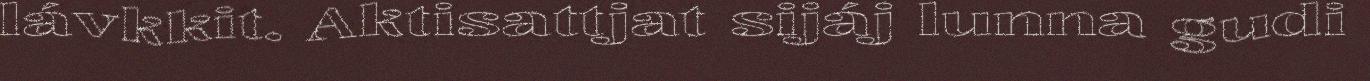
lávkkit. Aktisattjat sijáj lunna gudi